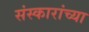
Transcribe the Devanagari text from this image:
संस्कारांच्या